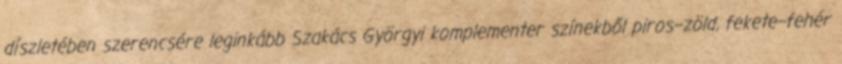
díszletében szerencsére leginkább Szakács Györgyi komplementer színekből piros–zöld, fekete–fehér